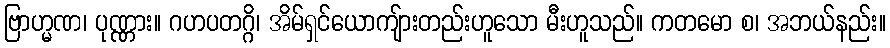
ဗြာဟ္မဏ၊ ပုဏ္ဏား။ ဂဟပတဂ္ဂိ၊ အိမ်ရှင်ယောကျ်ားတည်းဟူသော မီးဟူသည်။ ကတမော စ၊ အဘယ်နည်း။